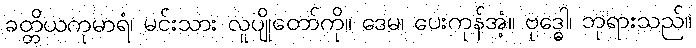
ခတ္တိယကုမာရံ၊ မင်းသား လူပျိုတော်ကို။ ဒေမ၊ ပေးကုန်အံ့။ ဗုဒ္ဓေါ၊ ဘုရားသည်။